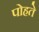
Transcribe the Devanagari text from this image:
पोहते